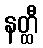
နတ္ထီ